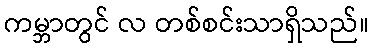
ကမ္ဘာတွင် လ တစ်စင်းသာရှိသည်။